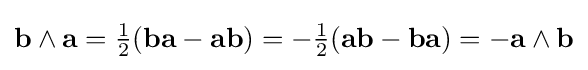
\mathbf {b} \wedge \mathbf {a} ={\tfrac {1}{2}}(\mathbf {ba} -\mathbf {ab} )=-{\tfrac {1}{2}}(\mathbf {ab} -\mathbf {ba} )=-\mathbf {a} \wedge \mathbf {b}